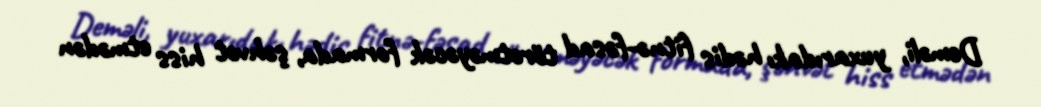
Deməli, yuxarıdakı hədis fitnə-fəsad törətməyəcək formada, şəhvət hiss etmədən